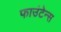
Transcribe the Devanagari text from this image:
फाउंटेन्स